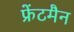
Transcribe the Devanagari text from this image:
फ्रेंटमैन